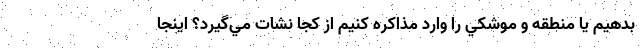
بدهيم يا منطقه و موشكي را وارد مذاكره كنيم از كجا نشات مي‌گيرد؟ اينجا